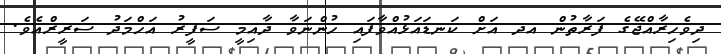
ދިވެހިރާއްޖޭގެ ފަރާތުން އދ އަށް ކަނޑައަޅުއްވާފައި ހުންނަވާ ދާއިމީ ސަފީރު އަހްމަދު ސަރީރްއެވެ.